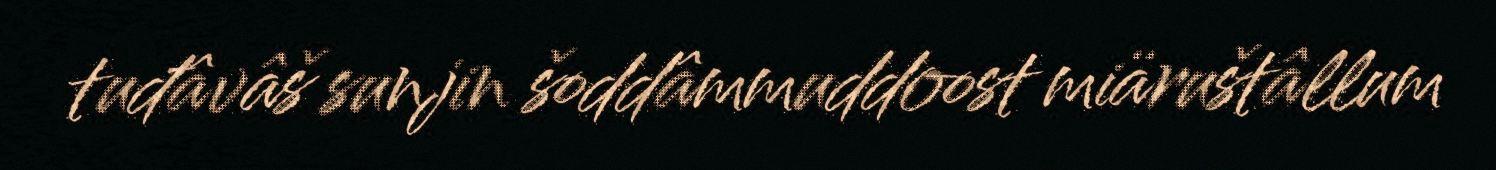
tuđâvâš sunjin šoddâmmuddoost miäruštâllum